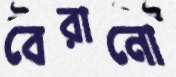
বেরানো